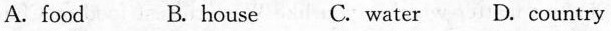
A. food B. House C. Water D. Country